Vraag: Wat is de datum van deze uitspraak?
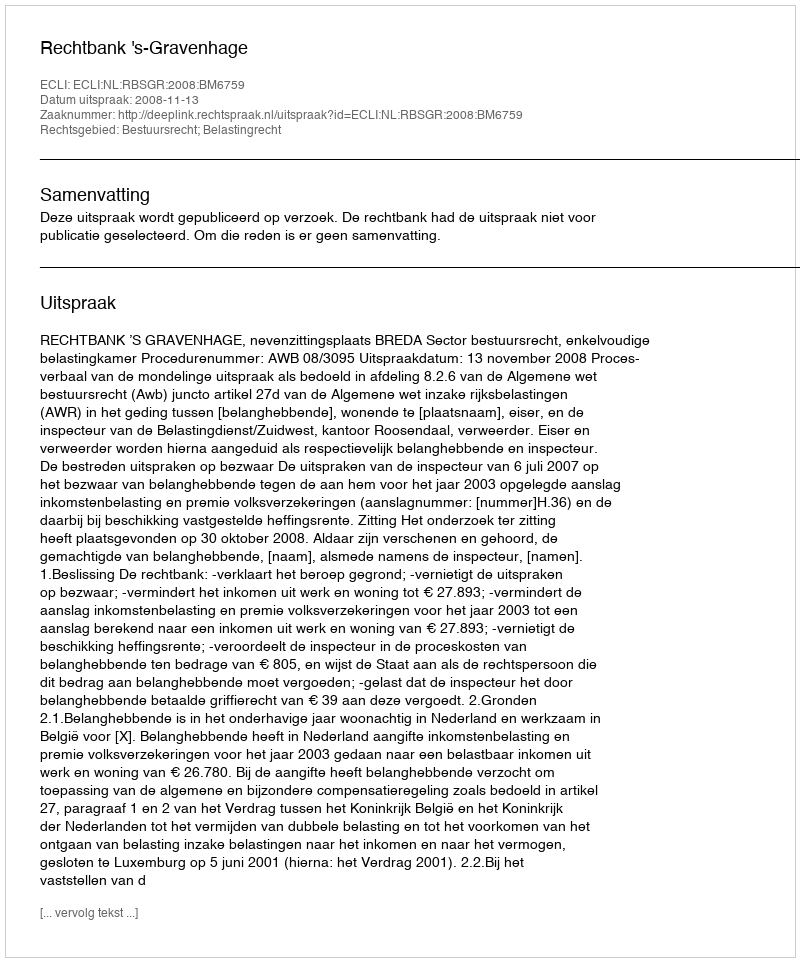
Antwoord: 2008-11-13